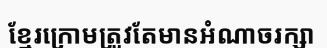
ខ្មែរក្រោមត្រូវតែមានអំណាចរក្សា